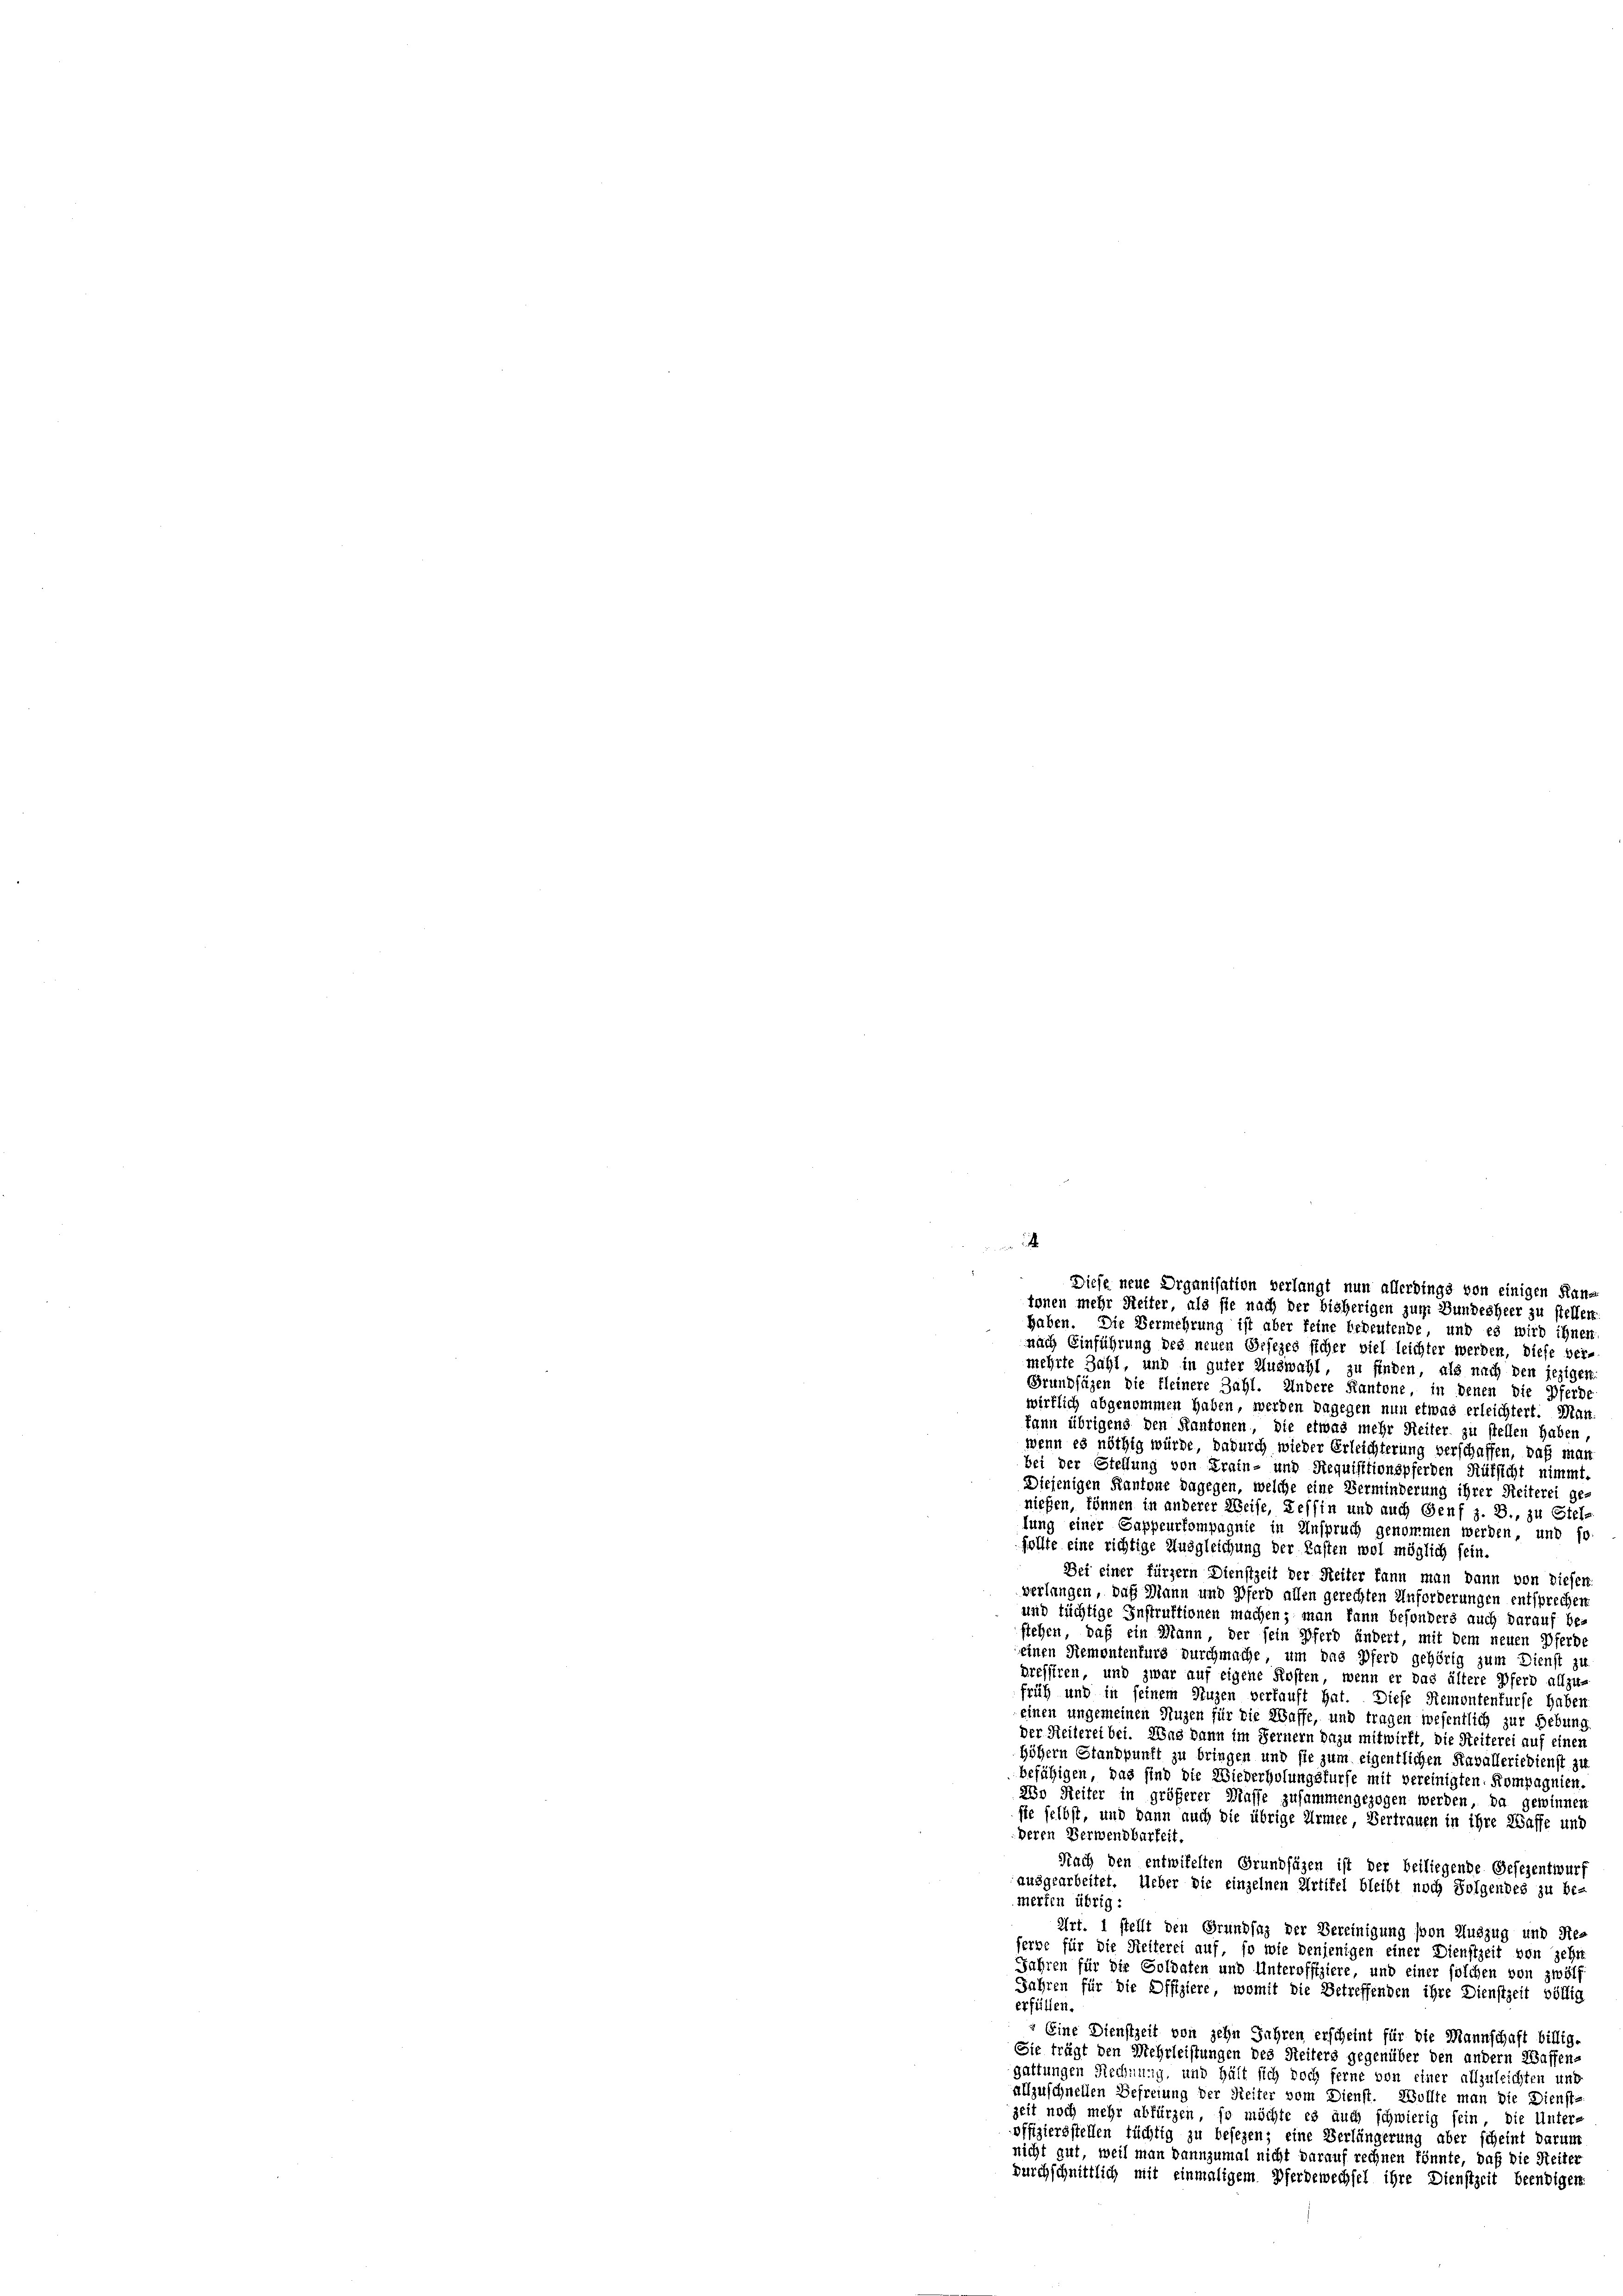
mehrte Zahl, und in guter Auswahl, zu finden, als nach den jezigen
Grundfügen die kleinere Zahl. Andere Kantone, in denen die Pferde
wirklich abgenommen haben, werden dagegen nun etwas erleichtert. Man-
kann übrigens den Kantonen, die etwas mehr Reiter zu stellen haben,
wenn es nöthig würde, dadurch wieder Erleichterung verschaffen, daß man
bei der Stellung von Train- und Requisitionspferden Rüksicht nimmt.
Diejenigen Kantone dagegen, welche eine Verminderung ihrer Reiterei ge-
nießen, können in anderer Weise, Tessin und auch Genf z. B., zu Stel-
lung einer Gappeurkompagnie in Anspruch genommen werden, und fo
sollte eine richtige Ausgleichung der Kasten wol möglich sein.
Sei einer fürzern Dienstzeit der Reiter kann man dann von diesen
verlangen, daß Mann und Pferd allen gerechten Anforderungen entsprechen.
und tüchtige Instruktionen machen; man kann besonders auch darauf be-
stehen, daß ein Mann, der sein Pferd ändert, mit dem neuen Pferde
einen Remontenfurs durchmache, um das Pferd gehörig zum Dienst zu
dreffiren, und zwar auf eigene Kosten, wenn er das ältere Pferd allzu-
früh und in seinem Stuzen verkauft hat. Diese Remontenfurfe haber
einen ungemeinen Nuzen für die Waffe, und tragen wesentlich zur Hebung
Der Heilerei bei. Was dann im Fernern dazu mitwirft, die Seiterei auf einer
höhern Standpunft zu bringen und sie zum eigentlichen Kavalleriedienst zu.
befähigen, das sind die Wiederholungsfürfe mit vereinigten Kompagnien.
Wo Reiter in größerer Masse zusammengezogen werden, da gewinnen
sie selbst, und dann auch die übrige Armee Vertrauen in ihre Waffe und
Deren Verwendbarkeit.
Nach den entwifelten Grundfügen ist der beiliegende Gesezentwurf
ausgearbeitet. Ueber die einzelnen Artifel bleibt noch Folgendes zu be-
merten übrig :
Art. 1 stellt den Grundsaz der Bereinigung (von Auszug und Re-
ferge für die Stellerei auf, so wie denjenigen einer Dienstzeit von Zehr
Jahren für die Soldaten und Unteroffiziere, und einer solchen von zwölf
Jahren für die Offiziere, womit die Betreffenden ihre Dienstzeit völlig
erfüllen.
" Eine Dienstzeit von jehn Jahren erscheint für die Mannschaft billig.
Sie trägt den Mehrleistungen des Seiters gegenüber den andern Waffens
gattungen Rechnung, und hält sich noch ferne von einer allzuleichten und
allzuschnellen Befreiung der Reiter vom Dienst. Wollte man die Diensta
zeit noch mehr abfürzen, so möchte es auch schwierig sein, die Unter-
offiziersstellen tüchtig zu besezen; eine Verlängerung aber scheint darum
nicht gut, weil man dannzumal nicht darauf rechnen könnte, daß die Reiter
durchschnittlich mit einmaligem Pferdewechsel ihre Dienstzeit beendigen.

Diese neue Organisation verlangt nun allerdings von einigen Kan-
tonen mehr Seiter, als sie nach der bisherigen zuge Bundesheer zu stellen.
haben. Die Vermehrung ist aber feine bedeutende, und es wird ihnen
nach Einführung des neuen Gesezes sicher viel leichter werden, diese ver-